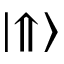
\left| \Uparrow \right\rangle